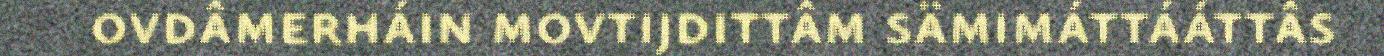
ovdâmerháin movtijdittâm sämimáttááttâs